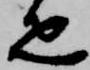
疋